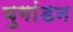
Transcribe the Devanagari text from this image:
युगांडन